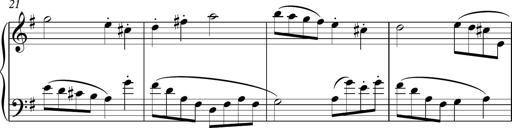
Title: Sonatina
Composer: Kemble Stout
Key: G major